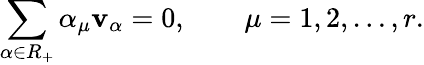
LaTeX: \sum_{\alpha\in R_{+}}\alpha_{\mu}{\mathbf v}_{\alpha}=0,\qquad\mu=1,2,\ldots,r.